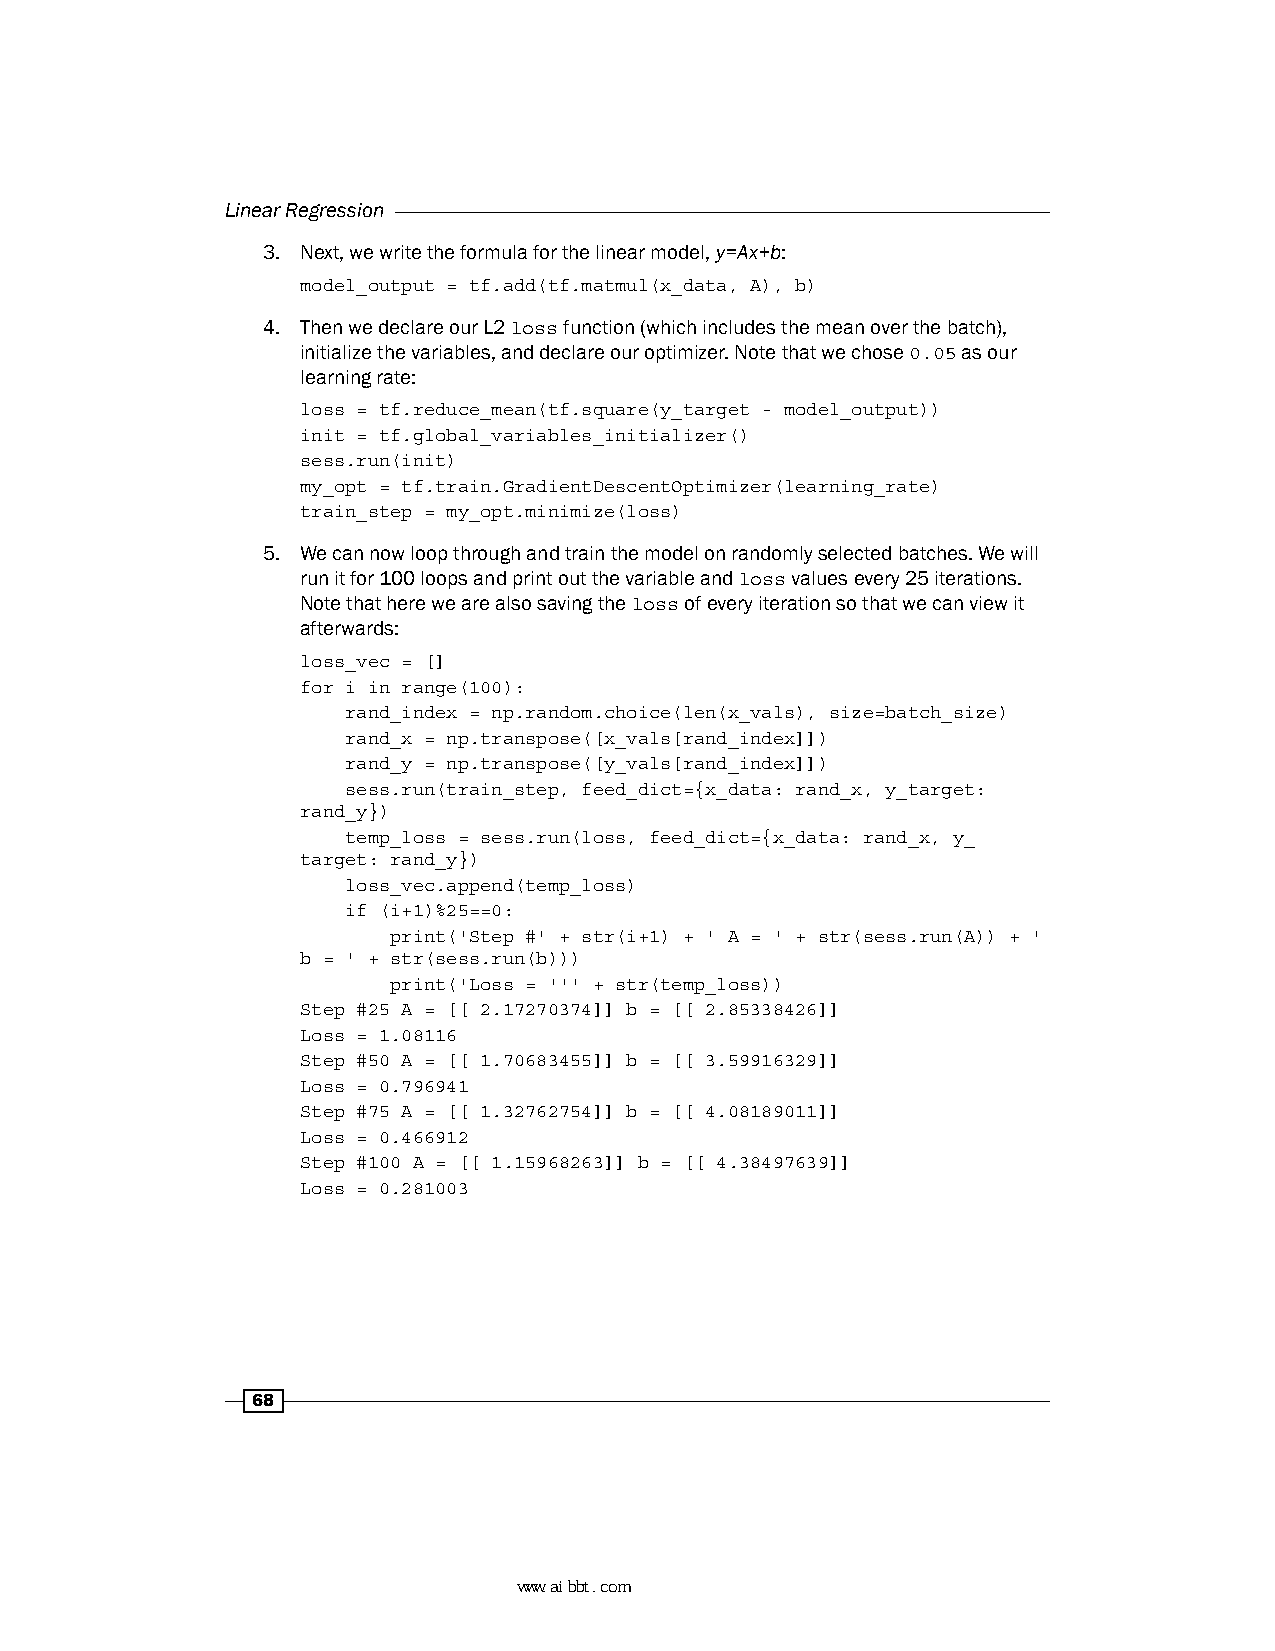
Linear Regression
 3. Next, we write the formula for the linear model, y=Ax+b:
 model_output = tf.add(tf.matmul(x_data, A), b)
 4. Then we declare our L2 loss function (which includes the mean over the batch),
 initialize the variables, and declare our optimizer. Note that we chose 0.05 as our
 learning rate:
 loss = tf.reduce_mean(tf.square(y_target - model_output))
 init = tf.global_variables_initializer()
 sess.run(init)
 my_opt = tf.train.GradientDescentOptimizer(learning_rate)
 train_step = my_opt.minimize(loss)
 5. We can now loop through and train the model on randomly selected batches. We will
 run it for 100 loops and print out the variable and loss values every 25 iterations.
 Note that here we are also saving the loss of every iteration so that we can view it
 afterwards:
 loss_vec = []
 for i in range(100):
 rand_index = np.random.choice(len(x_vals), size=batch_size)
 rand_x = np.transpose([x_vals[rand_index]])
 rand_y = np.transpose([y_vals[rand_index]])
 sess.run(train_step, feed_dict={x_data: rand_x, y_target:
 rand_y})
 temp_loss = sess.run(loss, feed_dict={x_data: rand_x, y_
 target: rand_y})
 loss_vec.append(temp_loss)
 if (i+1)%25==0:
 print('Step #' + str(i+1) + ' A = ' + str(sess.run(A)) + '
 b = ' + str(sess.run(b)))
 print('Loss = ''' + str(temp_loss))
 Step #25 A = [[ 2.17270374]] b = [[ 2.85338426]]
 Loss = 1.08116
 Step #50 A = [[ 1.70683455]] b = [[ 3.59916329]]
 Loss = 0.796941
 Step #75 A = [[ 1.32762754]] b = [[ 4.08189011]]
 Loss = 0.466912
 Step #100 A = [[ 1.15968263]] b = [[ 4.38497639]]
 Loss = 0.281003
 68
 www.aibbt.com 让未来触手可及